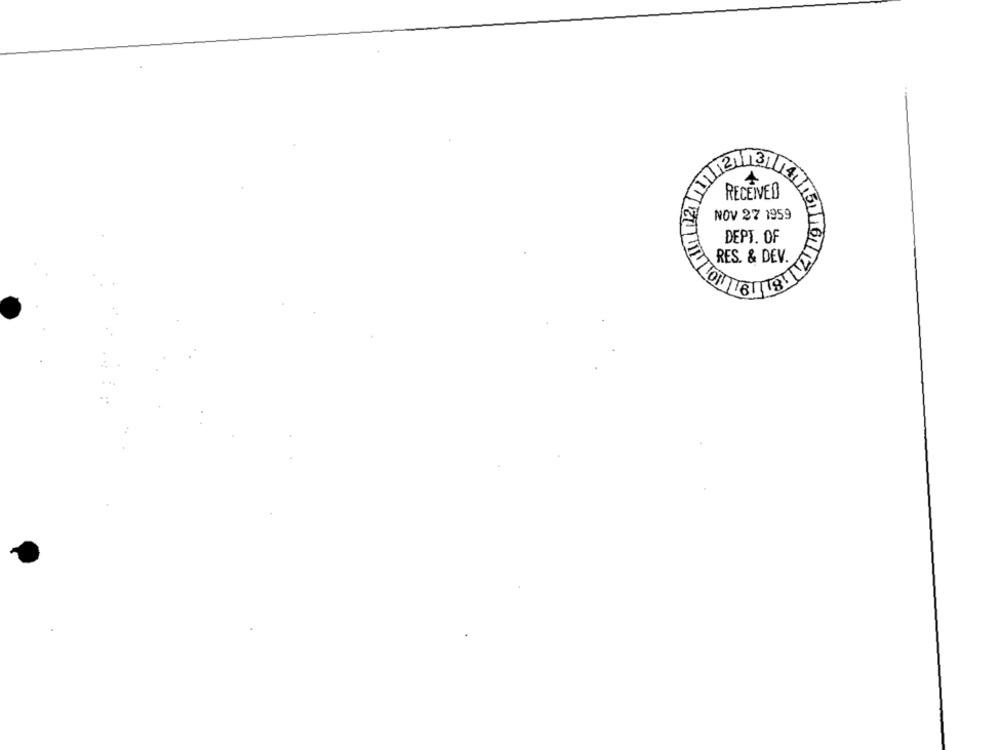
12113
RECEIVED
NOV 27 1959
DEPT. OF
RES. & DEV.